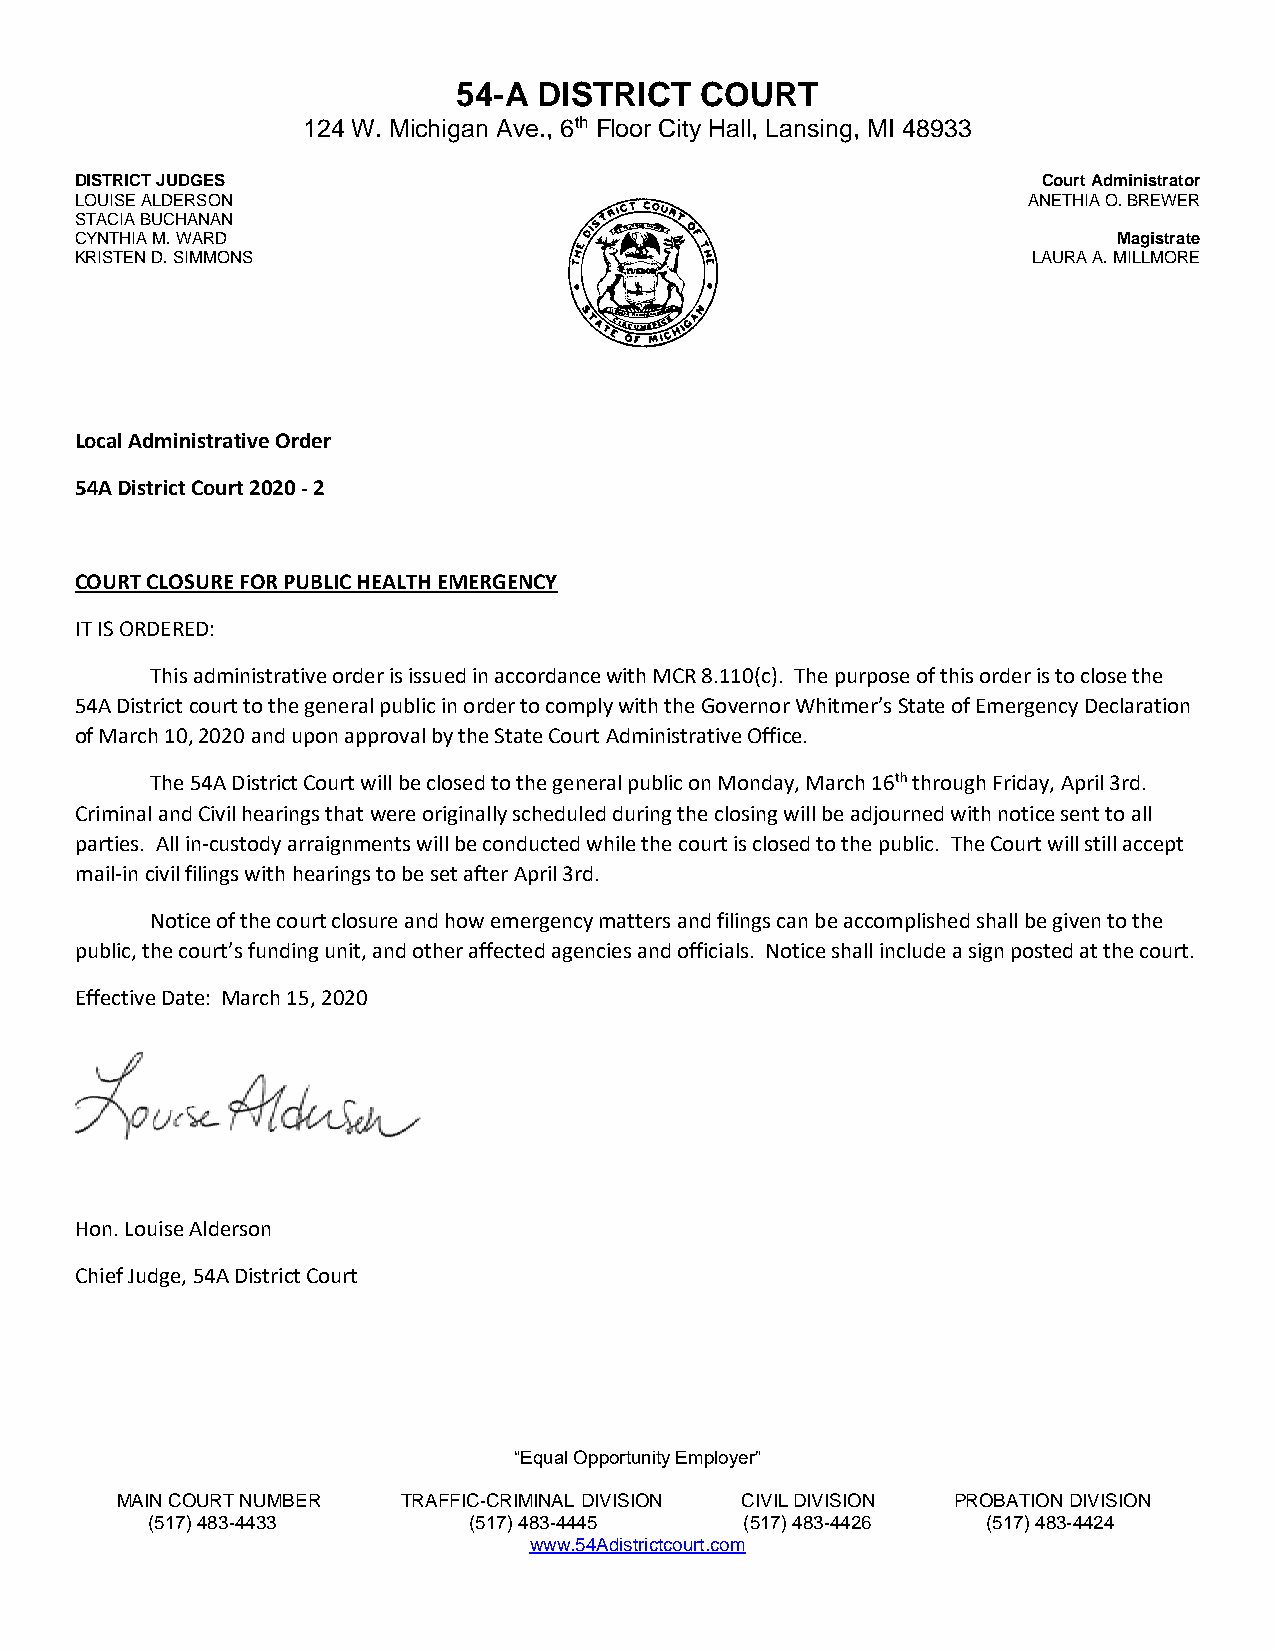
54-A  DISTRICT  COURT
 124 W. Michigan Ave., 6th Floor City Hall, Lansing, MI 48933
 DISTRICT JUDGES                                                 Court Administrator
 LOUISE ALDERSON                                                ANETHIA O. BREWER
 STACIA BUCHANAN
 CYNTHIA M. WARD                                                      Magistrate
 KRISTEN D. SIMMONS                                             LAURA A. MILLMORE
 Local Administrative Order
 54A District Court 2020 - 2
 COURT CLOSURE FOR PUBLIC HEALTH EMERGENCY
 IT IS ORDERED:
 This administrative order is issued in accordance with MCR 8.110(c). The purpose of this order is to close the
 54A District court to the general public in order to comply with the Governor Whitmer’s State of Emergency Declaration
 of March 10, 2020 and upon approval by the State Court Administrative Office.
 The 54A District Court will be closed to the general public on Monday, March 16th through Friday, April 3rd.
 Criminal and Civil hearings that were originally scheduled during the closing will be adjourned with notice sent to all
 parties. All in-custody arraignments will be conducted while the court is closed to the public. The Court will still accept
 mail-in civil filings with hearings to be set after April 3rd.
 Notice of the court closure and how emergency matters and filings can be accomplished shall be given to the
 public, the court’s funding unit, and other affected agencies and officials. Notice shall include a sign posted at the court.
 Effective Date: March 15, 2020
 Hon. Louise Alderson
 Chief Judge, 54A District Court
 “Equal Opportunity Employer”
 MAIN COURT NUMBER  TRAFFIC-CRIMINAL DIVISION CIVIL DIVISION PROBATION DIVISION
 (517) 483-4433       (517) 483-4445    (517) 483-4426  (517) 483-4424
 www.54Adistrictcourt.com